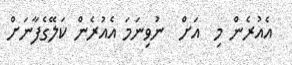
އެއުރެން މި  އަށް  ނުވިނަމަ އެއުރެން ކަލޭގެފާނަށް